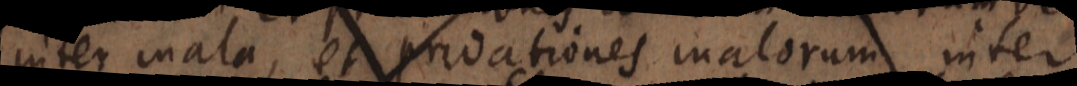
inter mala, et privationes malorum inter